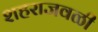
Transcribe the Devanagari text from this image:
शहराजवळी